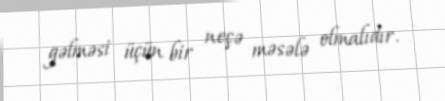
gəlməsi üçün bir neçə məsələ olmalıdır.